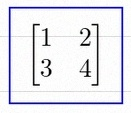
\begin{bmatrix}1&2\\3&4\end{bmatrix}